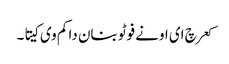
کعر چ ای اونے فوٹو بنان دا کم وی کیتا۔